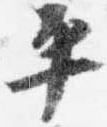
平